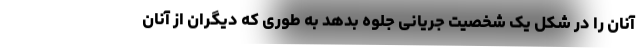
آنان را در شکل یک شخصیت جریانی جلوه بدهد به طوری که دیگران از آنان